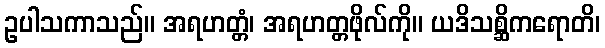
ဥပါသကာသည်။ အရဟတ္တံ၊ အရဟတ္တဖိုလ်ကို။ ယဒိသစ္ဆိကရောတိ၊